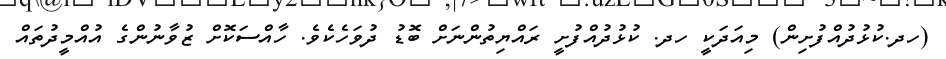
(ހދ.ކުޅުދުއްފުށިން) މިއަދަކީ ހދ. ކުޅުދުއްފުށީ ރައްޔިތުންނަށް ބޮޑު ދުވަހެކެވެ. ހާއްސަކޮށް ޒުވާނުންގެ އުއްމީދުތައް